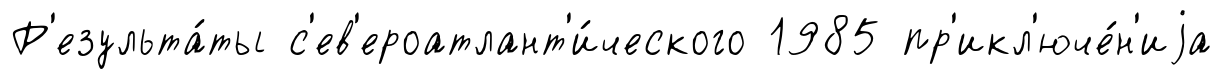
Р'езульта́ты с'ев'ероатлант'и́ческого 1985 пр'икл'юче́н'иjа